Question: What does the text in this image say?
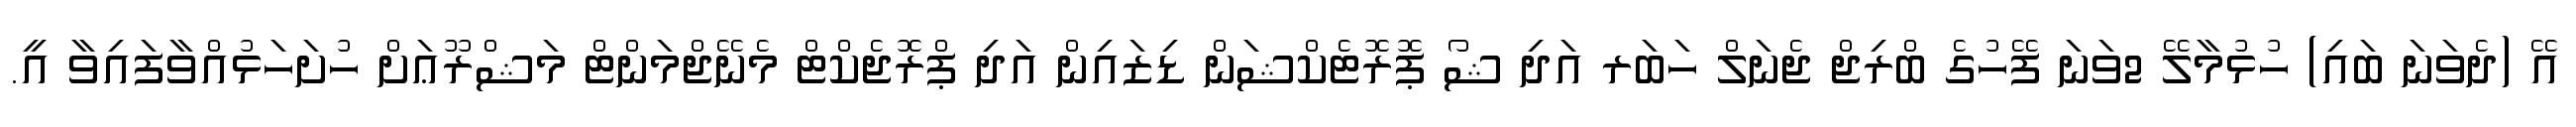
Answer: އޭ (ދެވަނަ ބައި) ހުޅުމާލޭ 2ވަނަ ފޭހުގެ ބްރިޖް ޖެނަލް ހަބަރ އަދި ޝޯ ޕޮރޮޓެކްޝަން ޑިޒައިން އަދި ޕްރޮޖެކްޓް މެނޭޖްމަންޓް މަޝްރޫޢަށް ހުށަހަޅުއްވާފައިވާ އީ.